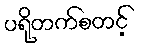
ပရိုတက်စတင့်